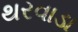
થરવાડા